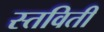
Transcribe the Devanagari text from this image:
स्तविती